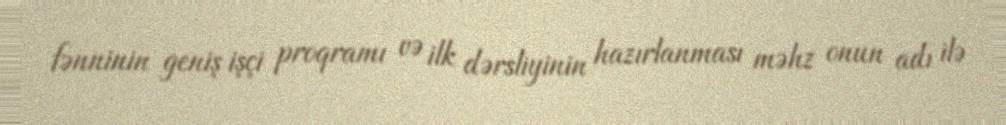
fənninin geniş işçi proqramı və ilk dərsliyinin hazırlanması məhz onun adı ilə